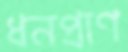
ধনপ্রাণ